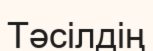
Тәсілдің